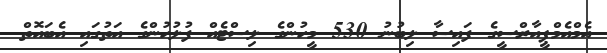
އެމްއެމްޕީއާރްސީގެ ފައިސާ ލިބުނު 530 މީހުންގެ ލިސްޓެއް ފުލުހުންގެ އަތުގައި އެބައޮތް